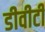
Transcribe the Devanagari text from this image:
डीवीटी